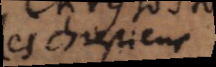
les Chrestiens